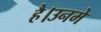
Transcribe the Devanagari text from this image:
है।उनमे